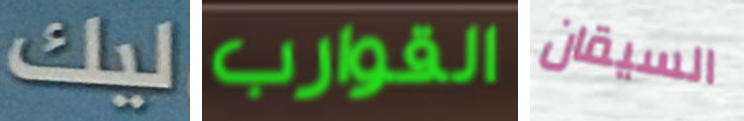
ليك القوارب السيقان